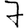
Digit: 7